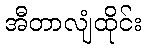
အီတာလျံထိုင်း